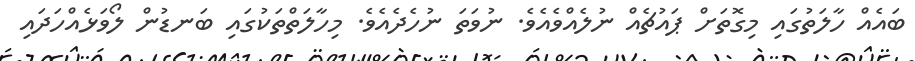
ބައެއް ހާލަތުގައި މިގޮތަށް ޕައުޗެއް ނުލެއްވެއެވެ. ނުވަތަ ނުހެދެއެވެ. މިހާލަތްތަކުގައި ބަނޑުން ލޯވަޅެއްހަދައި